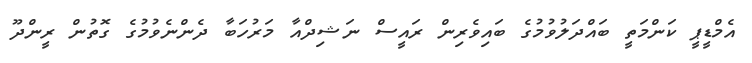
އެމްޑީޕީ ކަންމަތީ ބައްދަލުވުމުގެ ބައިވެރިން ރައީސް ނަޝިދްއާ މަރުހަބާ ދެންނެވުމުގެ ގޮތުން ރީންދޫ